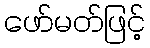
ဖော်မတ်ဖြင့်